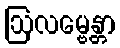
ဩလမ္ဗေန္တာ